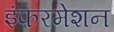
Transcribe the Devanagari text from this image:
इंफरमेशन